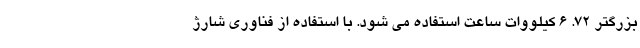
بزرگتر 72. 6 کیلووات ساعت استفاده می شود. با استفاده از فناوری شارژ